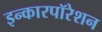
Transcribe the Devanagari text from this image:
इन्कारपॉरेशन